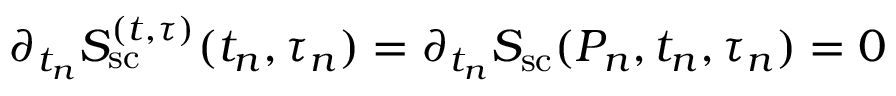
{ \partial _ { t _ { n } } S _ { \mathrm { s c } } ^ { ( t , \tau ) } ( t _ { n } , \tau _ { n } ) } = \partial _ { t _ { n } } S _ { \mathrm { s c } } ( P _ { n } , t _ { n } , \tau _ { n } ) = 0